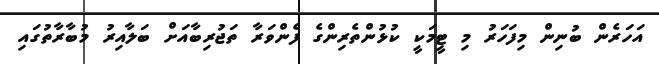
އަހަރެން ބުނިން މިފަހަރު މި ޓީމަކީ ކުޅުންތެރިންގެ ފެންވަރާ ތަޖުރިބާއަށް ބަލާއިރު މުބާރާތުގައި